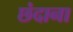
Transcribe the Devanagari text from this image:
छंदाना